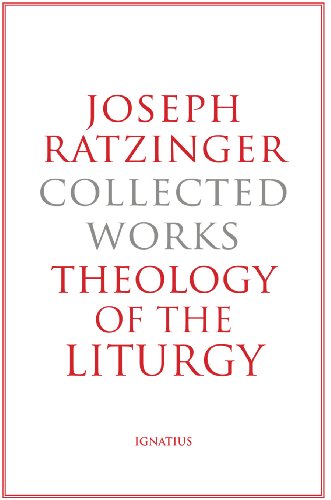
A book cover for Joseph Ratzinger-Collected Works: Theology of the Liturgy; Joseph Ratzinger; Christian Books & Bibles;